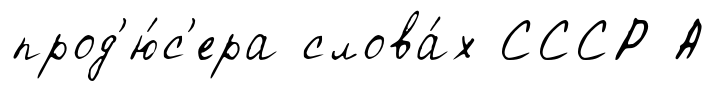
прод'ю́с'ера слова́х СССР А